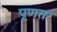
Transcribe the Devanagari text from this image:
पूणतर